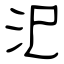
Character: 汜